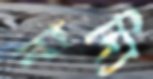
বাদ্যি